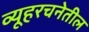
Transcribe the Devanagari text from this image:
व्यूहरचनेतील